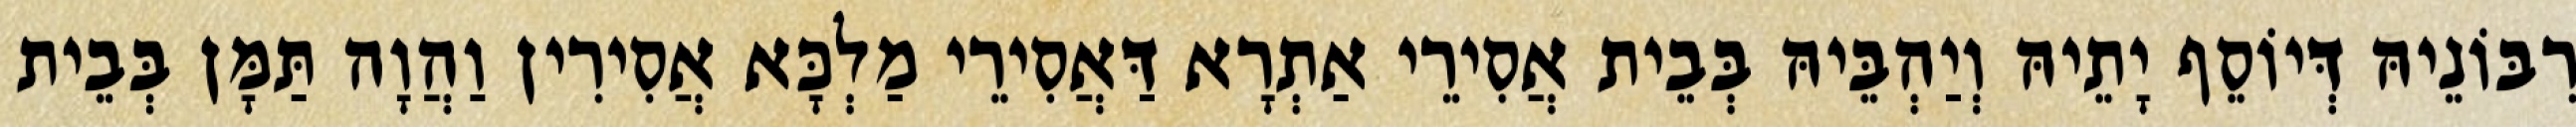
רִבּוֹנֵיהּ דְּיוֹסֵף יָתֵיהּ וְיַהְבֵּיהּ בְּבֵית אֲסִירֵי אַתְרָא דַּאֲסִירֵי מַלְכָּא אֲסִירִין וַהֲוָה תַּמָּן בְּבֵית